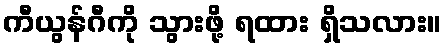
ကီယွန်ဂီကို သွားဖို့ ရထား ရှိသလား။